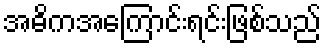
အဓိကအကြောင်းရင်းဖြစ်သည်